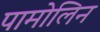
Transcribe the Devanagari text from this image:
पामोलिन